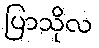
ပြာသိုလ